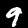
Digit: 9